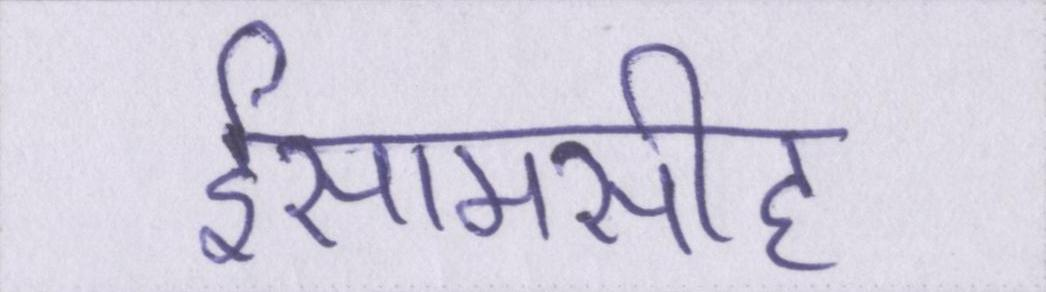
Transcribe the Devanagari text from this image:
ईसामसीह